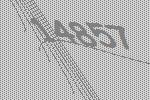
14857